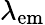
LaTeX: \lambda_{\mathrm{em}}